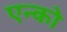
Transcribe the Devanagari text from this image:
एन्को